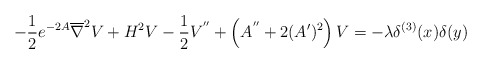
\begin{align*}-\frac{1}{2}e^{-2A}\overline{\nabla}^2V+H^2V-\frac{1}{2}V^{''}+\left(A^{''}+2(A')^2\right)V=-\lambda \delta^{(3)}(x)\delta(y)\end{align*}